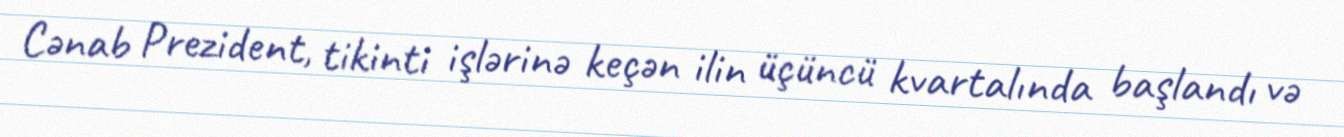
Cənab Prezident, tikinti işlərinə keçən ilin üçüncü kvartalında başlandı və